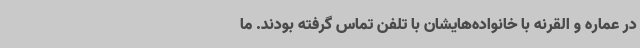
در عماره و القرنه با خانواده‌هایشان با تلفن تماس گرفته بودند. ما